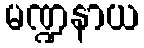
မဏ္ဍနာယ